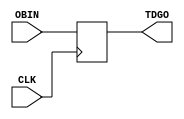
////////////////////////////////////////////////////////////////////////////////
//
//       This confidential and proprietary software may be used only
//     as authorized by a licensing agreement from Synopsys Inc.
//     In the event of publication, the following notice is applicable:
//
//                    (C) COPYRIGHT 1998 - 2023 SYNOPSYS INC.
//                           ALL RIGHTS RESERVED
//
//       The entire notice above must be reproduced on all authorized
//     copies.
//
//
// VERSION:   Simulation Architecture
//
// NOTE:      This is a subentity.
//            This file is for internal use only.
//
// DesignWare_version: d85d9a1f
// DesignWare_release: U-2022.12-DWBB_202212.5
//
////////////////////////////////////////////////////////////////////////////////
//-----------------------------------------------------------------------------------
//
// ABSTRACT: Generic Control/Force test point - Simulation Model
//
// MODIFIED: 
//           Reto Zimmermann            Nov 05, 1999
//           Changed blocking to non-blocking assignment
//
//----------------------------------------------------------------------------

module DW_observ_dgen (OBIN, CLK, TDGO);

input  OBIN;
input  CLK;
output TDGO;
reg    TDGO;

always@(posedge CLK)
    begin
       TDGO <= OBIN;
    end

endmodule